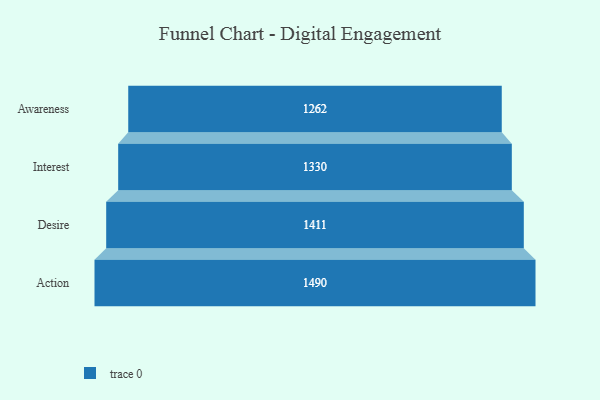
{"axis": {"x": "Stage", "y": "Value"}, "legend": [""], "data": [{"x": "Awareness", "y": 1262.0, "type": ""}, {"x": "Interest", "y": 1330.0, "type": ""}, {"x": "Desire", "y": 1411.0, "type": ""}, {"x": "Action", "y": 1490.0, "type": ""}]}